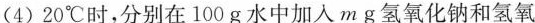
(4)20^{\circ}C时，分别在100g水中加入mg氢氧化钠和氢氧